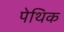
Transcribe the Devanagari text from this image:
पेथिक